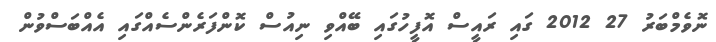
ނޮވެމްބަރު 27 2012 ގައި ރައީސް އޮފީހުގައި ބޭއްވި ނިއުސް ކޮންފަރެންސެއްގައި އެއްބަސްވުން